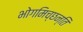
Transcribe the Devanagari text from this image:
भोगमिच्छन्ति